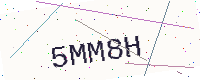
Text: 5MM8H